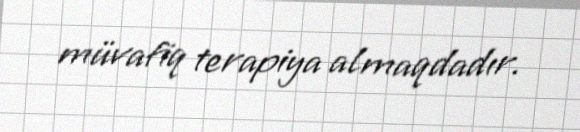
müvafiq terapiya almaqdadır.